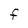
Character: F